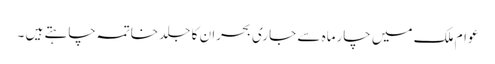
عوام ملک میں چارماہ سے جاری بحران کا جلد خاتمہ چاہتے ہیں ۔